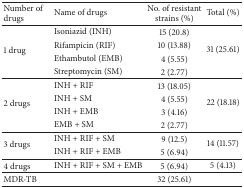
| Number of drugs | Name of drugs | No. of resistant strains (%) | Total (%) |
 | --- | --- | --- | --- |
 | <ROWSPAN=4> 1 drug | Isoniazid (INH) | 15 (20.8) | <ROWSPAN=4> 31 (25.61) |
 | Rifampicin (RIF) | 10 (13.88) |
 | Ethambutol (EMB) | 4 (5.55) |
 | Streptomycin (SM) | 2 (2.77) |
 | <ROWSPAN=4> 2 drugs | INH + RIF | 13 (18.05) | <ROWSPAN=4> 22 (18.18) |
 | INH + SM | 4 (5.55) |
 | INH + EMB | 3 (4.16) |
 | EMB + SM | 2 (2.77) |
 | <ROWSPAN=2> 3 drugs | INH + RIF + SM | 9 (12.5) | <ROWSPAN=2> 14 (11.57) |
 | INH + RIF + EMB | 5 (6.94) |
 | 4 drugs | INH + RIF + SM + EMB | 5 (6.94) | 5 (4.13) |
 | MDR-TB |  | 32 (25.61) |  |